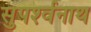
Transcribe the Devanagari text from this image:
सुपर्श्‍वनाथ